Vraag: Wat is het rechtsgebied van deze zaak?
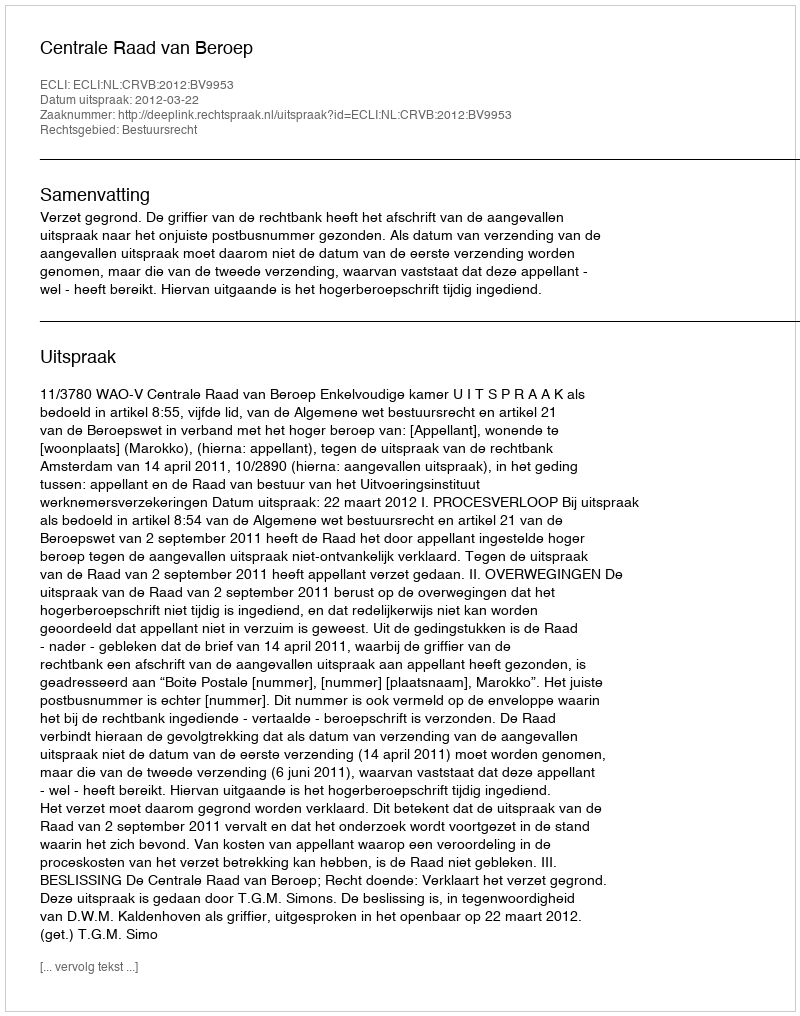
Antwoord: Bestuursrecht